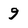
Character: 9